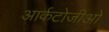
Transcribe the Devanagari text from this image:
आर्कटोजीओ